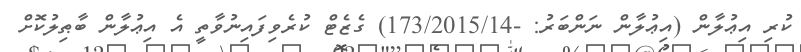
ކުރި އިޢުލާން (އިޢުލާން ނަންބަރު: -173/2015/14) ގެޒެޓް ކުރެވިފައިނުވާތީ އެ އިޢުލާން ބާޠިލުކޮށް